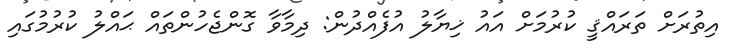
އިތުރަށް ތަރައްޤީ ކުރުމަށް އައު ޚިޔާލު އުފެއްދުން: ދިމާވާ ގޮންޖެހުންތައް ޙައްލު ކުރުމުގައި